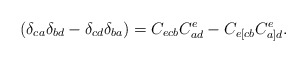
\begin{align*}(\delta _{ca}\delta _{bd}-\delta _{cd}\delta_{ba})=C_{ecb}C_{ad}^e-C_{e[cb}C_{a]d}^e. \end{align*}